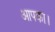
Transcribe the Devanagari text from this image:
आपका।